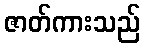
ဇာတ်ကားသည်